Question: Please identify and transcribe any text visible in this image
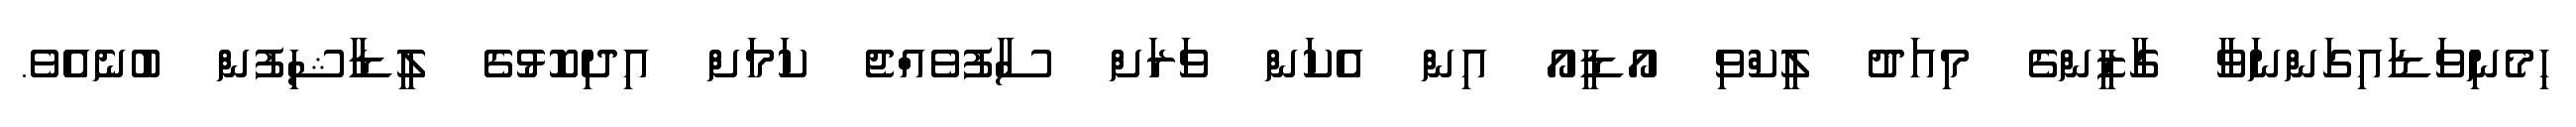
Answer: ހިމެނިވަޑައިގަންނަވާ ގާޒީންގެ މިއަދު ލީކްވި އޯޑީއޯ އިން އެކަން ވަރަށް ސާފުވެއްޖެ ކަމަށް އިދިކޮޅުގެ ލީޑާޝިފުން ބުނެއެވެ.